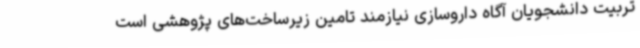
تربیت دانشجویان آگاه داروسازی نیازمند تامین زیرساخت‌های پژوهشی است